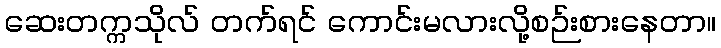
ဆေးတက္ကသိုလ် တက်ရင် ကောင်းမလားလို့စဉ်းစားနေတာ။